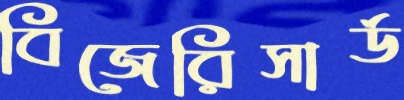
বিজেরিসার্ড